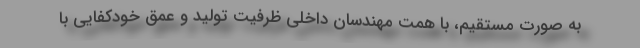
به صورت مستقیم، با همت مهندسان داخلی ظرفیت تولید و عمق خودکفایی با